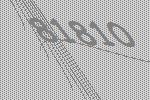
81810